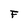
Character: F